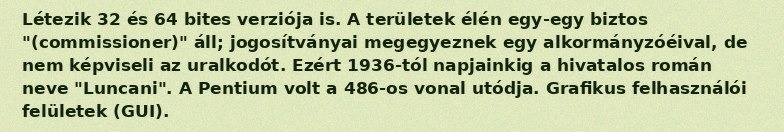
Létezik 32 és 64 bites verziója is. A területek élén egy-egy biztos "(commissioner)" áll; jogosítványai megegyeznek egy alkormányzóéival, de nem képviseli az uralkodót. Ezért 1936-tól napjainkig a hivatalos román neve "Luncani". A Pentium volt a 486-os vonal utódja. Grafikus felhasználói felületek (GUI).